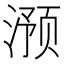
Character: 滪